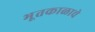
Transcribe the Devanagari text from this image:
भूतकाळाचे